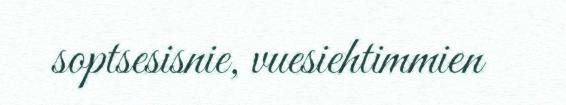
soptsesisnie, vuesiehtimmien